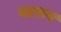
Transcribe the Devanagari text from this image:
नारुर